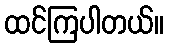
ထင်ကြပါတယ်။